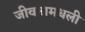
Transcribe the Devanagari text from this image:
जीवनामधली